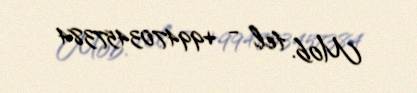
Mob. tel - +994703457384